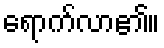
ရောက်လာ၏။